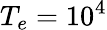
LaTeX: T_{e}=10^{4}